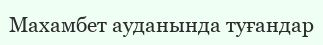
Махамбет ауданында туғандар